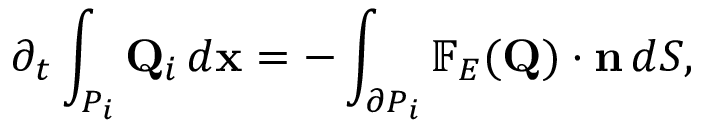
\partial _ { t } \int _ { P _ { i } } \mathbf { Q } _ { i } \, d \mathbf { x } = - \int _ { \partial P _ { i } } \mathbb { F } _ { E } ( \mathbf { Q } ) \cdot \mathbf { n } \, d S ,